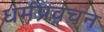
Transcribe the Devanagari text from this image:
धर्मप्रवचन